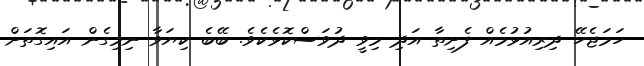
ހަމަޖެހޭ ދިރިއުޅުމެއް ފެށިތާ އަދި މިވީ ދުވަސްކޮޅެކެވެ. ބޭބެ ކިޔަވާ ނިމިގެން އައިގޮތަށް